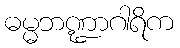
ဓမ္မဘဏ္ဍာဂါရိက